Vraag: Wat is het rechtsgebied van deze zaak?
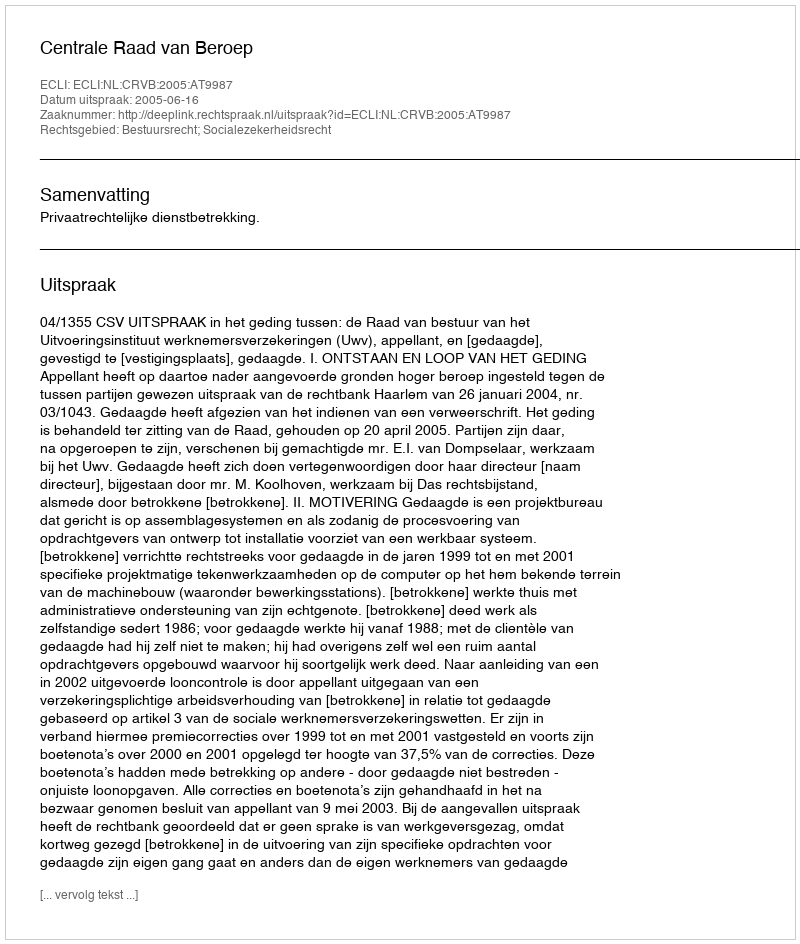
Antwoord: Bestuursrecht; Socialezekerheidsrecht